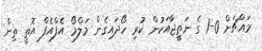
މައްޗަށް 0-1 ގެ ނަތީޖާއަކުން ކުރި ހޯދައިގެން މަލްމޯ އެފްއެފް އޮތީ ތިން